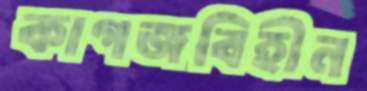
কাগজবিহীন